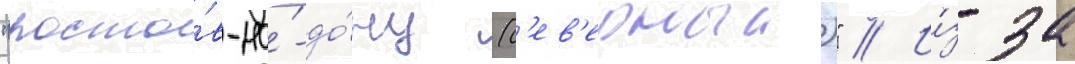
"росто́в-на́-до́ну (с'ев'ерныи)" // И́з-за